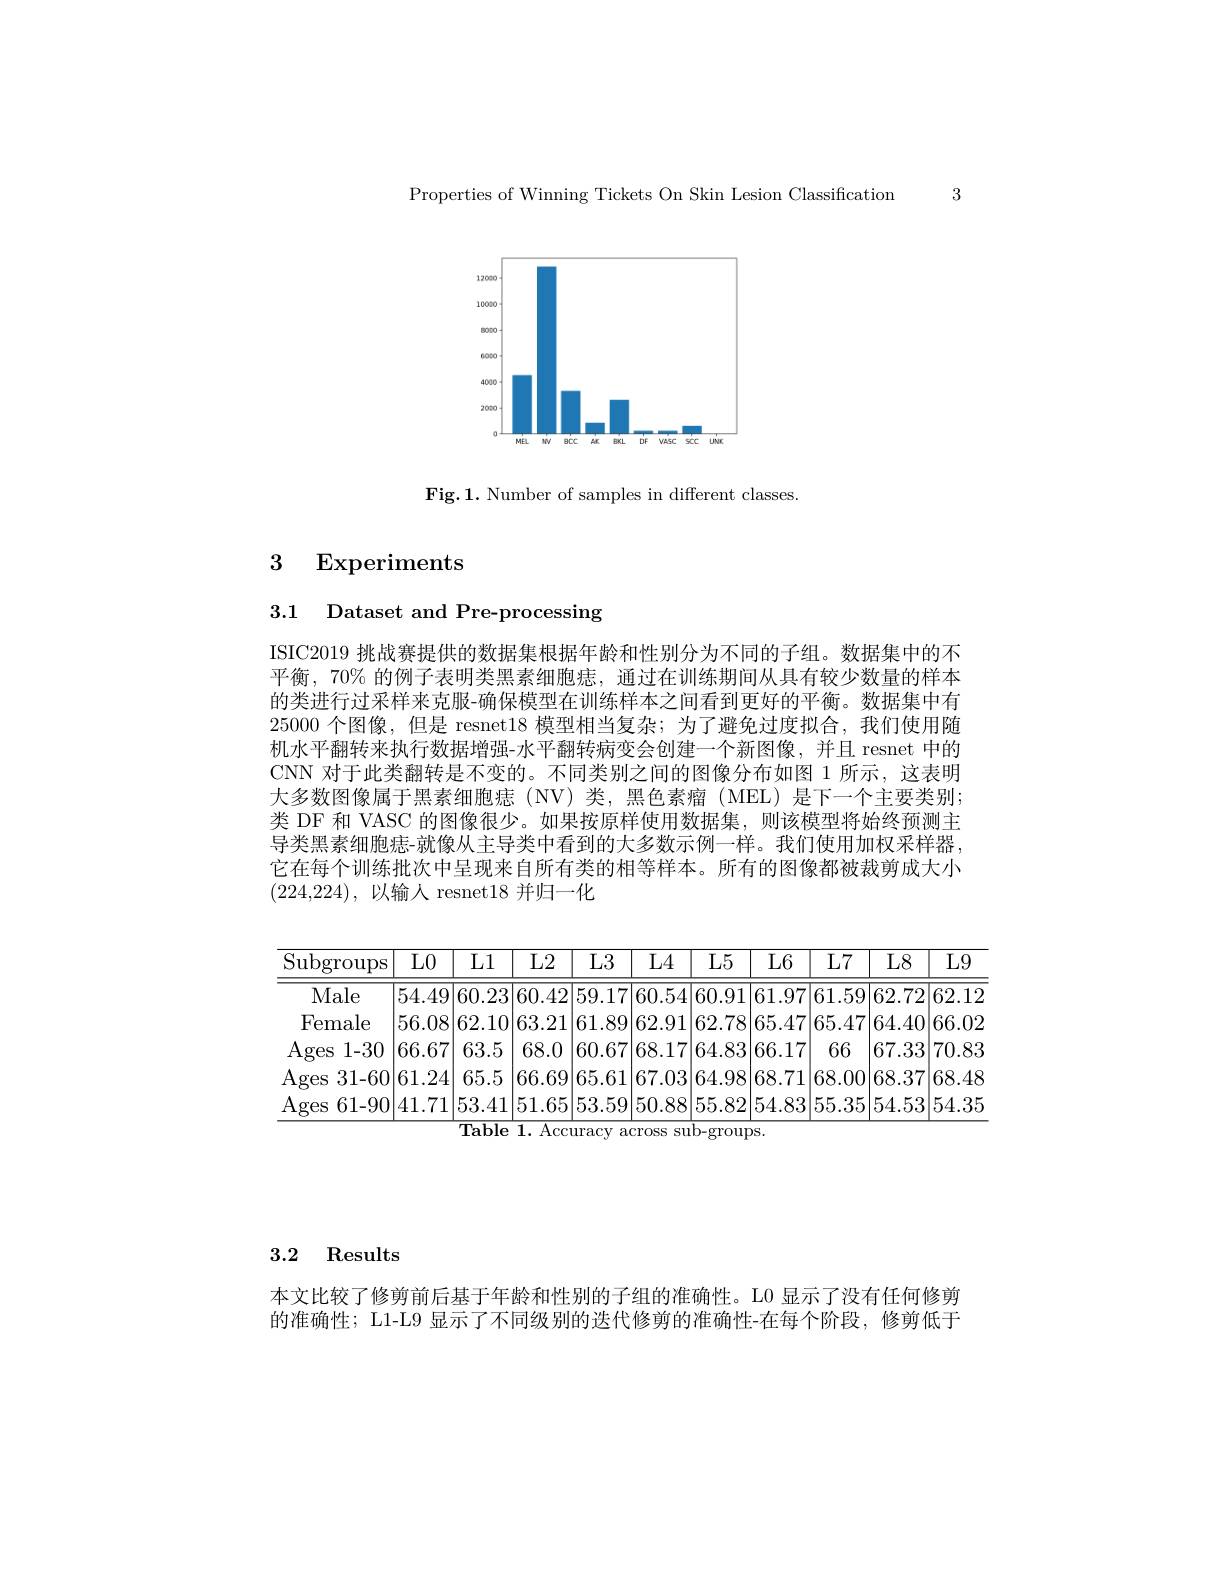
Properties of Winning Tickets On Skin Lesion Classification 3

<FigureHere>

Fig.1. Number of samples in different classes

## 3 Experiments

3.1 Dataset and Pre-processing

ISIC2019 挑战赛提供的数据集根据年龄和性别分为不同的子组。数据集中的不平衡，70% 的例子表明类黑素细胞痣，通过在训练期间从具有较少数量的样本的类进行过采样来克服-确保模型在训练样本之间看到更好的平衡。数据集中有25000 个图像，但是 resnet18 模型相当复杂；为了避免过度拟合，我们使用随机水平翻转来执行数据增强-水平翻转病变会创建一个新图像，并且 resnet 中的CNN 对于此类翻转是不变的。不同类别之间的图像分布如图 1 所示，这表明大多数图像属于黑素细胞痣(NV)类，黑色素瘤(MEL)是下一个主要类别； 类 DF 和 VASC 的图像很少。如果按原样使用数据集，则该模型将始终预测主导类黑素细胞痣-就像从主导类中看到的大多数示例一样。我们使用加权采样器， 它在每个训练批次中呈现来自所有类的相等样本。所有的图像都被裁剪成大小(224,224),以输入 resnet18 并归一化

<table>
	<tbody>
		<tr>
			<th>$\operatorname{Subgroups}$</th>
			<th>$L0$</th>
			<th>L1</th>
			<th>L2</th>
			<th>L3</th>
			<th>L4</th>
			<th>L5</th>
			<th>$L6$</th>
			<th>L7</th>
			<th>L8</th>
			<th>$\overline{{\mathrm{L}9}}$</th>
		</tr>
		<tr>
			<td>Male</td>
			<td>54.49</td>
			<td>60.23</td>
			<td>60.42</td>
			<td>59.17</td>
			<td>60.54</td>
			<td>60.91</td>
			<td>61.97</td>
			<td>61.59</td>
			<td>62.72</td>
			<td>$\boxed{62.1:}$</td>
		</tr>
		<tr>
			<td>Female</td>
			<td>56.08</td>
			<td>62.10</td>
			<td>63.21</td>
			<td>61.89</td>
			<td>62.91</td>
			<td>62.78</td>
			<td>65.47</td>
			<td>65.47</td>
			<td>64.40</td>
			<td>|66.0:</td>
		</tr>
		<tr>
			<td>Ages 1-30</td>
			<td>66.67</td>
			<td>63.5</td>
			<td>68.0</td>
			<td>60.67</td>
			<td>68.17</td>
			<td>64.83</td>
			<td>66.17</td>
			<td>66</td>
			<td>67.33</td>
			<td>70.8:</td>
		</tr>
		<tr>
			<td>Ages 31-60</td>
			<td>61.24</td>
			<td>65.5</td>
			<td>66.69</td>
			<td>65.61</td>
			<td>67.03</td>
			<td>64.98</td>
			<td>68.71</td>
			<td>68.00</td>
			<td>68.37</td>
			<td>|68.4</td>
		</tr>
		<tr>
			<td>Ages 61-90</td>
			<td>41.71</td>
			<td>53.41</td>
			<td>51.65</td>
			<td>53.59</td>
			<td>50.88</td>
			<td>55.82</td>
			<td>54.83</td>
			<td>55.35</td>
			<td>54.53</td>
			<td>|54.3!</td>
		</tr>
	</tbody>
</table>

## 3.2 Results

本文比较了修剪前后基于年龄和性别的子组的准确性。L0 显示了没有任何修剪的准确性；L1-L9 显示了不同级别的迭代修剪的准确性-在每个阶段，修剪低于